Report on vaccination in the Province of Bengal - 1874-1889
Year: 1874
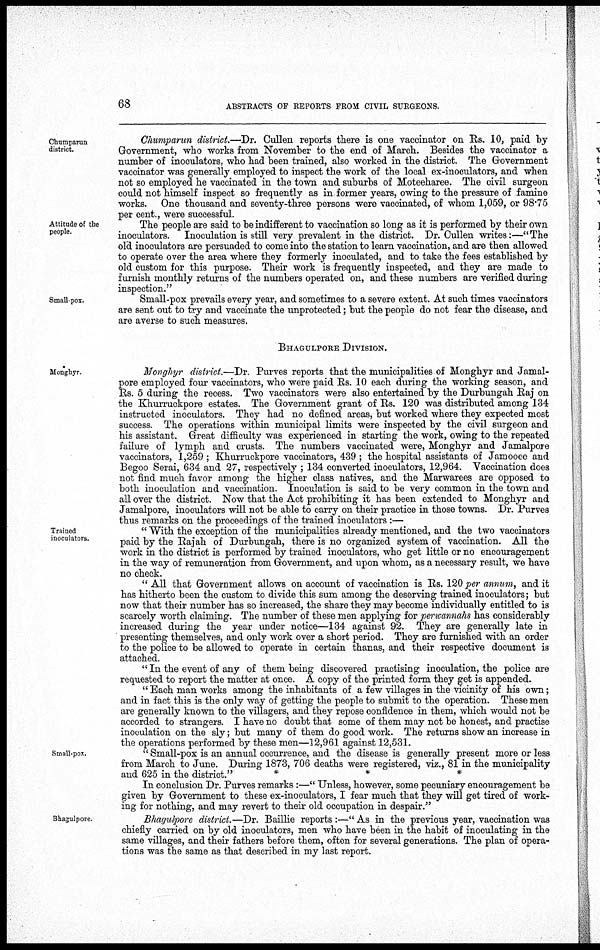
68
ABSTRACTS OF REPORTS FROM CIVIL SURGEONS.
Chumparun
district.
Chumparun district.—Dr. Cullen reports there is one vaccinator on Rs. 10, paid by
Government, who works from November to the end of March. Besides the vaccinator a
number of inoculators, who had been trained, also worked in the district. The Government
vaccinator was generally employed to inspect the work of the local ex-inoculators, and when
not so employed he vaccinated in the town and suburbs of Moteeharee. The civil surgeon
could not himself inspect so frequently as in former years, owing to the pressure of famine
works. One thousand and seventy-three persons were vaccinated, of whom 1,059, or 98.75
per cent., were successful.
Attitude of the
people.
The people are said to be indifferent to vaccination so long as it is performed by their own
inoculators. Inoculation is still very prevalent in the district. Dr. Cullen writes:—"The
old inoculators are persuaded to come into the station to learn vaccination, and are then allowed
to operate over the area where they formerly inoculated, and to take the fees established by
old custom for this purpose. Their work is frequently inspected, and they are made to
furnish monthly returns of the numbers operated on, and these numbers are verified during
inspection."
Small pox.
Small-pox prevails every year, and sometimes to a severe extent. At such times vaccinators
are sent out to try and vaccinate the unprotected; but the people do not fear the disease, and
are averse to such measures.
BHAGULPORE DIVISION.
Monghyr.
Monghyr district.—Dr Purves reports that the municipalities of Monghyr and Jamal-
pore employed four vaccinators, who were paid Rs. 10 each during the working season, and
Rs. 5 during the recess. Two vaccinators were also entertained by the Durbungah Raj on
the Khurruckpore estates. The Government grant of Rs. 120 was distributed among 134
instructed inoculators. They had no defined areas, but worked where they expected most
success. The operations within municipal limits were inspected by the civil surgeon and
his assistant. Great difficulty was experienced in starting the work, owing to the repeated
failure of lymph and crusts. The numbers vaccinated were, Monghyr and Jamalpore
vaccinators, 1,259 ; Khurruckpore vaccinators, 439 ; the hospital assistants of Jamooee and
Begoo Serai, 634 and 27, respectively ; 134 converted inoculators, 12,964. Vaccination does
not find much favor among the higher class natives, and the Marwarees are opposed to
both inoculation and vaccination. Inoculation is said to be very common in the town and
all over the district. Now that the Act prohibiting it has been extended to Monghyr and
Jamalpore, inoculators will not be able to carry on their practice in those towns. Dr. Purves
thus remarks on the proceedings of the trained inoculators :—
Trained
inoculators.
" With the exception of the municipalities already mentioned, and the two vaccinators
paid by the Rajah of Durbungah, there is no organized system of vaccination. All the
work in the district is performed by trained inoculators, who get little or no encouragement
in the way of remuneration from Government, and upon whom, as a necessary result, we have
no check.
" All that Government allows on account of vaccination is Rs. 120 per annum, and it
has hitherto been the custom to divide this sum among the deserving trained inoculators; but
now that their number has so increased, the share they may become individually entitled to is
scarcely worth claiming. The number of these men applying for perwannahs has considerably
increased during the year under notice—134 against 92. They are generally late in
presenting themselves, and only work over a short period. They are furnished with an order
to the police to be allowed to operate in certain thanas, and their respective document is
attached.
" In the event of any of them being discovered practising inoculation, the police are
requested to report the matter at once. A copy of the printed form they get is appended.
" Each man works among the inhabitants of a few villages in the vicinity of his own;
and in fact this is the only way of getting the people to submit to the operation. These men
are generally known to the villagers, and they repose confidence in them, which would not be
accorded to strangers. I have no doubt that some of them may not be honest, and practise
inoculation on the sly; but many of them do good work. The returns show an increase in
the operations performed by these men—12,961 against 12,531.
Small-pox.
" Small-pox is an annual occurrence, and the disease is generally present more or less
from March to June. During 1873, 706 deaths were registered, viz., 81 in the municipality
and 625 in the district."
*
*
*
In conclusion Dr. Purves remarks:—" Unless, however, some pecuniary encouragement be
given by Government to these ex-inoculators, I fear much that they will get tired of work-
ing for nothing, and may revert to their old occupation in despair.''
Bhagulpore
Bhagulpore district.—Dr. Baillie reports :—" As in the previous year, vaccination was
chiefly carried on by old inoculators, men who have been in the habit of inoculating in the
same villages, and their fathers before them, often for several generations. The plan of opera-
tions was the same as that described in my last report.